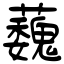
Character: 蘶